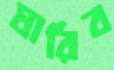
ঘারিব